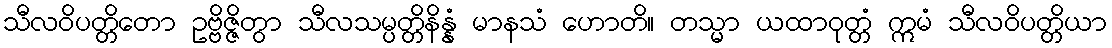
သီလဝိပတ္တိတော ဥဗ္ဗိဇ္ဇိတွာ သီလသမ္ပတ္တိနိန္နံ မာနသံ ဟောတိ။ တသ္မာ ယထာဝုတ္တံ ဣမံ သီလဝိပတ္တိယာ